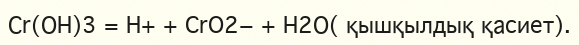
Сr(ОН)3 = H+ + CrO2− + Н2О( қышқылдық қасиет).